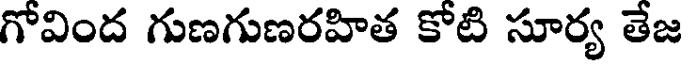
గోవింద గుణగుణరహిత కోటి సూర్య తేజ